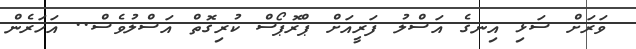
ވަރަށް ސަޅި އިނގެ އަސްލު ފަރީއަށް ޕްރޮޕޯސް ކުރިގޮތް އަސްލުވެސް.. އަހަރެން